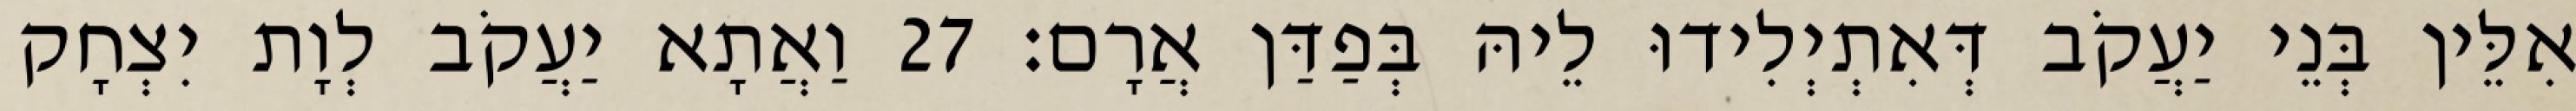
אִלֵּין בְּנֵי יַעֲקֹב דְּאִתְיְלִידוּ לֵיהּ בְּפַדַּן אֲרָם׃ 27 וַאֲתָא יַעֲקֹב לְוָת יִצְחָק